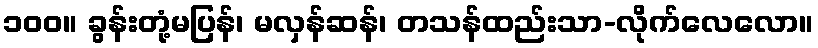
၁၀၀။ ခွန်းတုံ့မပြန်၊ မလှန်ဆန်၊ တသန်ထည်းသာ-လိုက်လေလော။